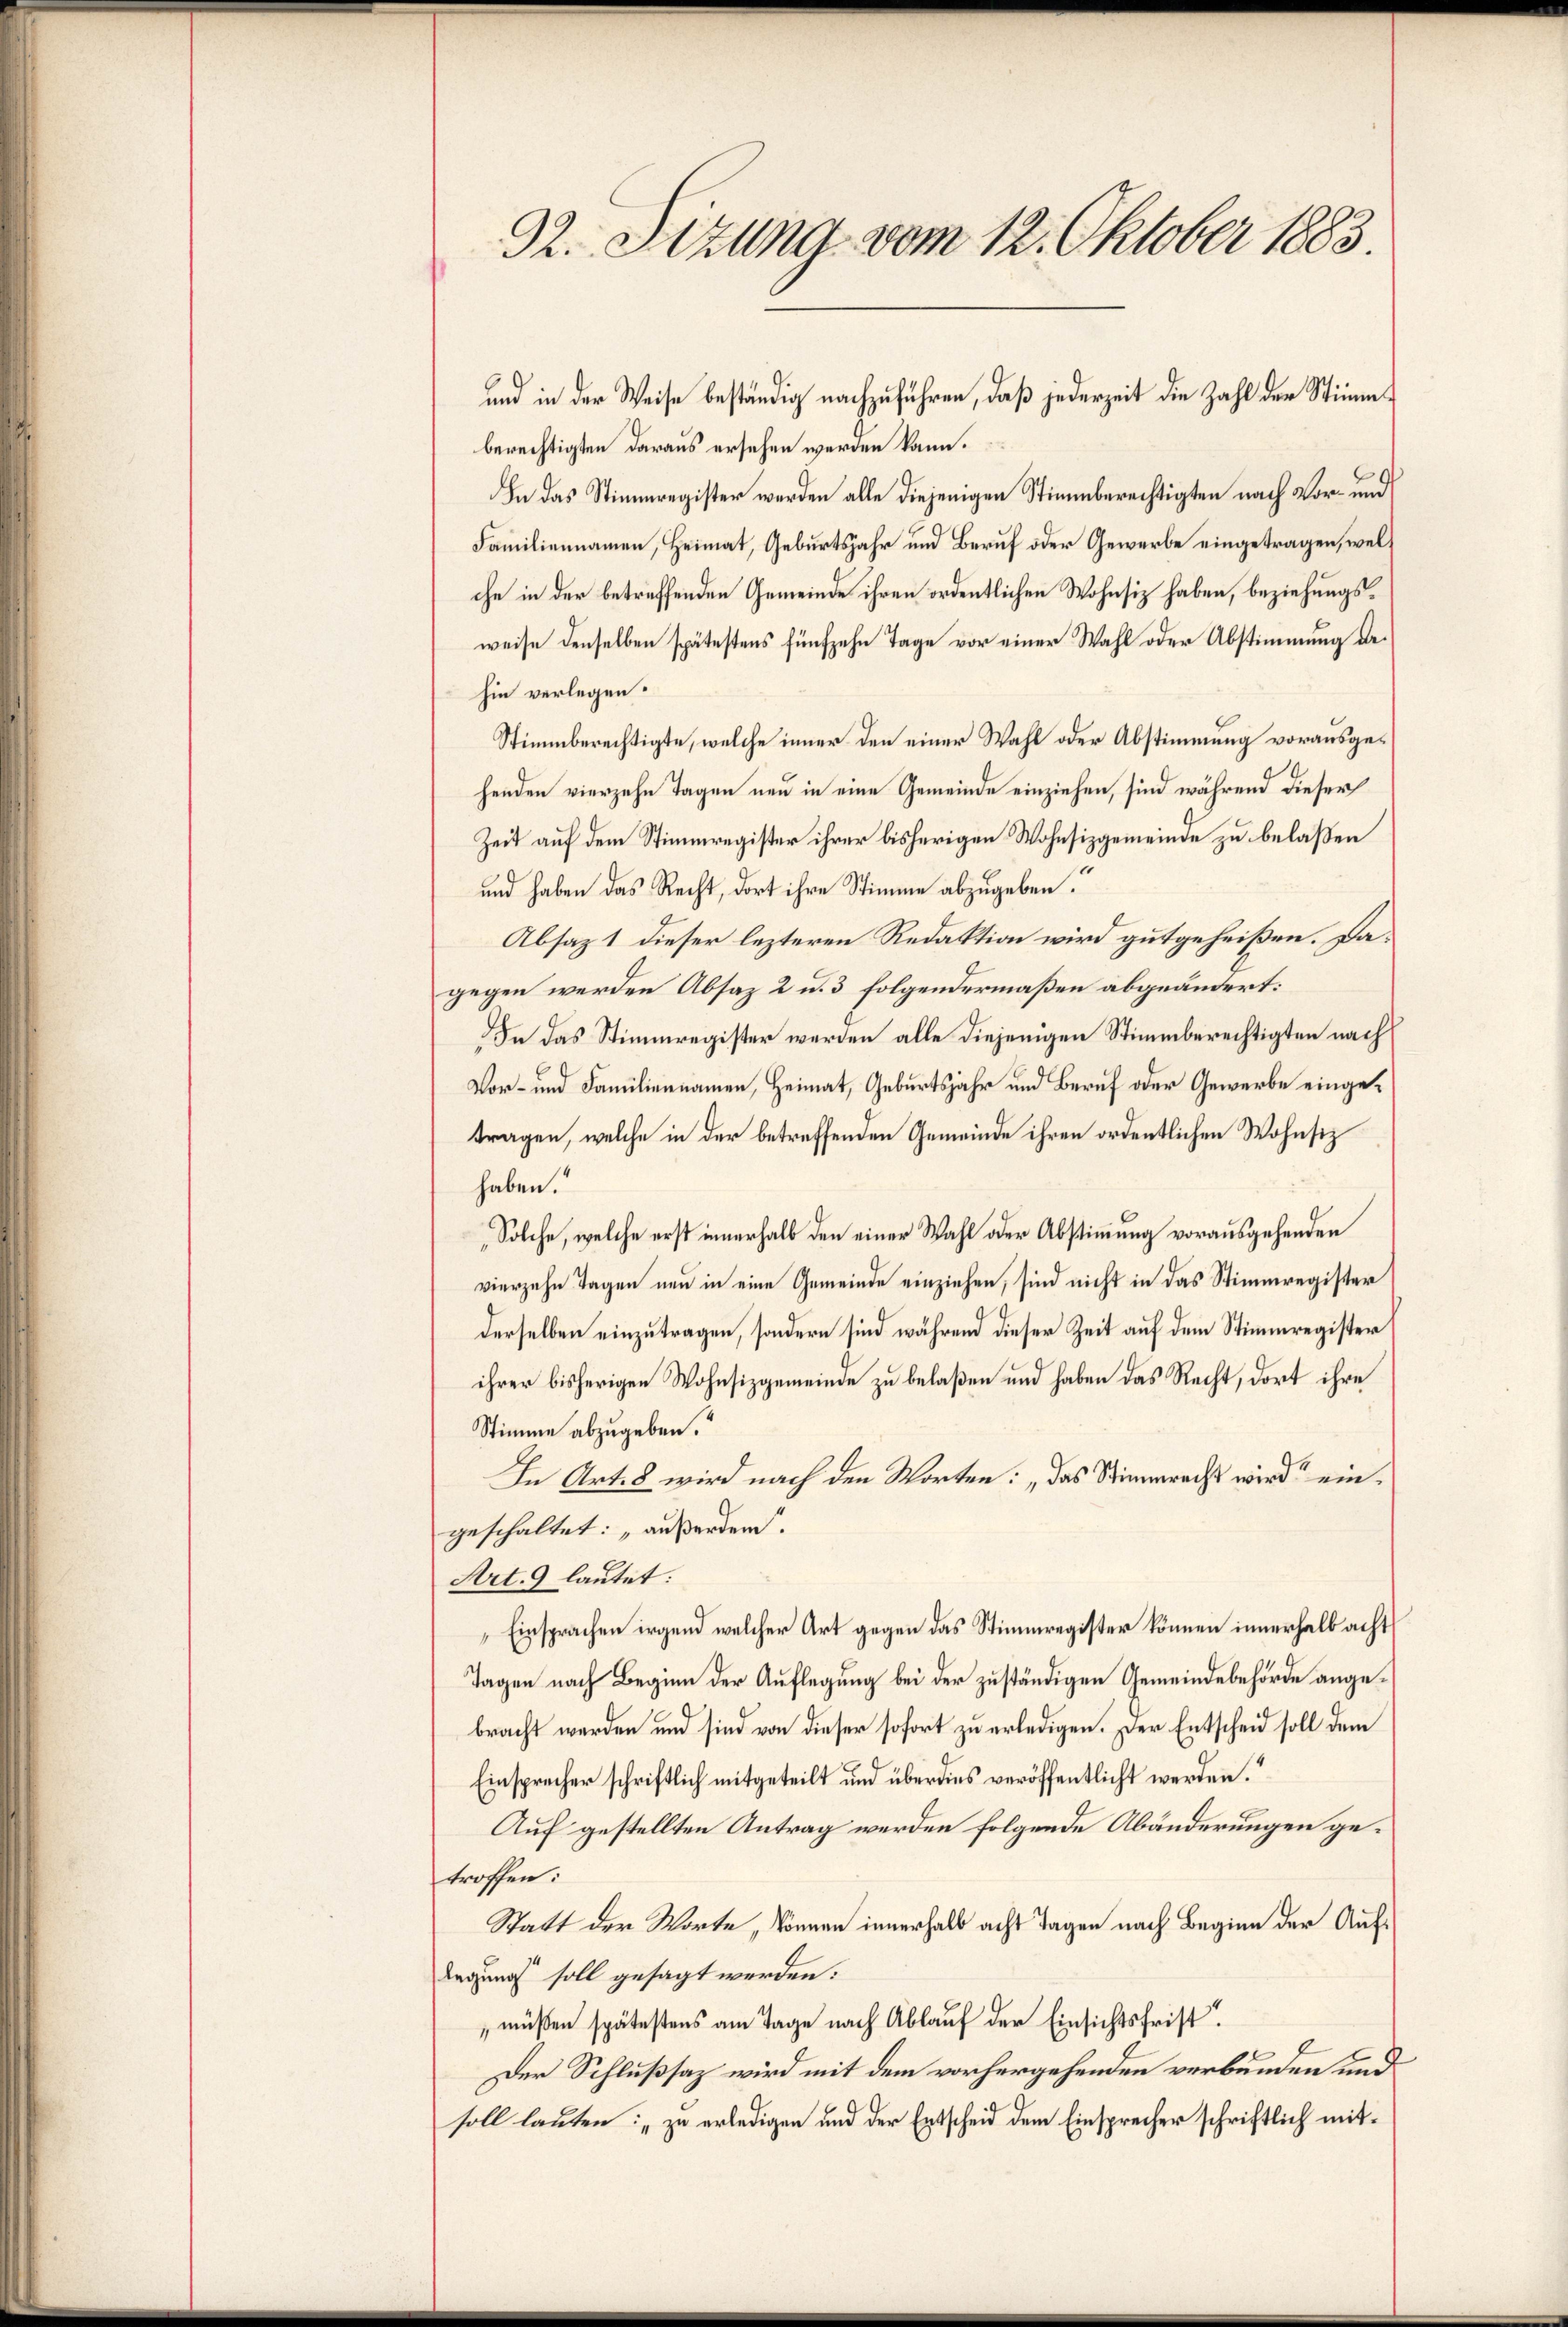
32. Sitzung vom 12. Oktober 1883.

und in der Weise beständig nachzuführen, daß jederzeit die Zahl der Stimmberechtigten daraus ersehen werden kann.
In das Stimmregister werden alle diejenigen Stimmberechtigten nach Vor- und
Familiennamen, Heimat, Geburtsjahr und Beruf oder Gewerbe eingetragen, welche in der betreffenden Gemeinde ihren ordentlichen Wohnsiz haben, beziehungsweise denselben spätestens fünfzehn Tage vor einer Wahl oder Abstimmung dehin verlegen.
Stimmberechtigte, welche inner den einer Wahl oder Abstimmung vorausgehenden vierzehn Tagen neu in eine Gemeinde einziehen, sind während dieser
Zeit auf dem Stimmregister ihrer bisherigen Wohnsizgemeinde zu belaßen
und haben das Recht, dort ihre Stimme abzugeben.
Absaz 1 dieser lezteren Redaktion wird gutgeheißen. Dagegen werden Absaz 2 u. 3 folgendermaßen abgeändert:
In das Stimmregister werden alle diejenigen Stimmberechtigten nach
Vor- und Familiennamen, Heimat, Geburtsjahr und Beruf oder Gewerbe eingetragen, welche in der betreffenden Gemeinde ihren ordentlichen Wohnsitz
haben.
Solche, welche erst innerhalb den einer Wahl oder Abstimmung vorausgehenden
vierzehn Tagen neu in eine Gemeinde einziehen, sind nicht in das Stimmregister
derselben einzutragen, sondern sind während dieser Zeit auf dem Stimmregister
ihrer bisherigen Wohnsizgemeinde zu belaßen und haben das Recht, dort ihre
Stimme abzugeben.“
In Art. 8 wird nach den Worten: „das Stimmrecht wird eingeschaltet: „außerden.
Art. 9 lautet:
Einsprachen irgend welcher Art gegen das Stimmregister können innerhalb acht
Tagen nach Beginn der Auflegung bei der zuständigen Gemeindebehörde angebracht werden und sind von dieser sofort zu erledigen. Der Entscheid soll dem
Einsprecher schriftlich mitgeteilt und überdies veröffentlicht werden.“
Auf gestellten Antrag werden folgende Abänderungen getroffen:
Statt der Worte, können innerhalb acht Tagen nach Beginn der Auflegung soll gesagt werden.
müßen spätestens am Tage nach Ablauf der Einsichtsfrist.
Der Schlußsaz wird mit dem vorhergehenden verbunden und
soll lauten: „zu erledigen und der Entscheid dem Einsprecher schriftlich mit¬